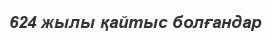
624 жылы қайтыс болғандар